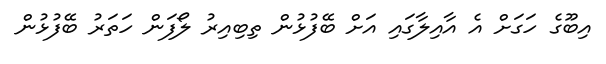
އިބޫގެ ހަގަށް އެ އާއިލާގައި އަށް ބޭފުޅުން ތިބިއިރު ލޯފަން ހަތަރު ބޭފުޅުން